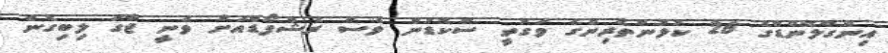
އިންގްލޭންޑްގެ 26 ކުޅުންތެރިންގެ ވަގުތީ ސްކޮޑުން ވެސް ރެޝްފޯޑްއަށް ވަނީ ޖާގަ ލިބިގެން